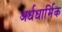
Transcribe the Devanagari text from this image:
अर्धधार्मिक